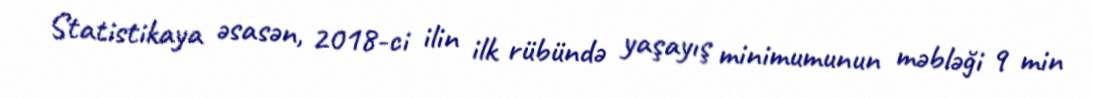
Statistikaya əsasən, 2018-ci ilin ilk rübündə yaşayış minimumunun məbləği 9 min